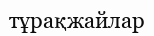
тұрақжайлар